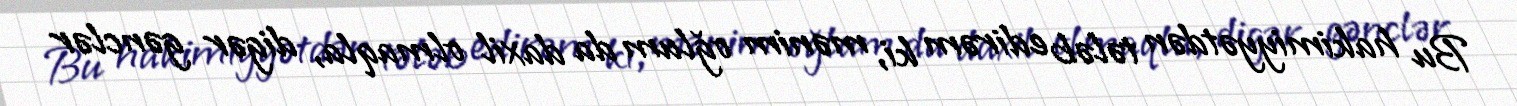
Bu hakimiyyətdən tələb edirəm ki, mənim oğlum da daxil olmaqla, digər gənclər